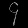
Digit: ၄